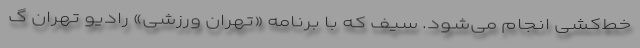
خط‌کشی انجام می‌شود. سیف که با برنامه «تهران ورزشی» رادیو تهران گ